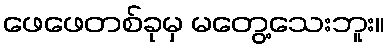
ဖေဖေတစ်ခုမှ မတွေ့သေးဘူး။